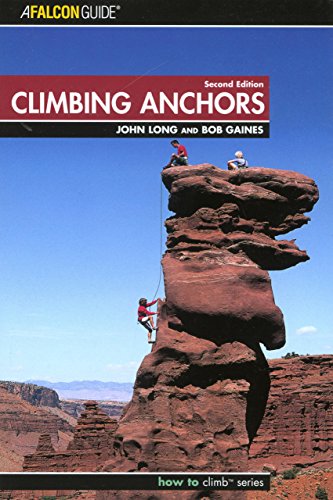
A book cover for Climbing Anchors, 2nd Edition (How to Climb Series); John Long; Sports & Outdoors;